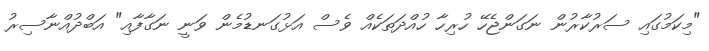
"މިކަމުގައި ސަރުކާރުން ނަގަންޖެހޭ ހުރިހާ ހުއްދަތަކެއް ވެސް އަޅުގަނޑުމެން ވަނީ ނަގާފާއި" އަބްދުއްނާސިރު